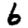
Digit: 6